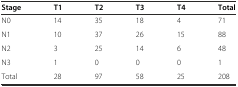
<table><thead><tr><td><b>Stage</b></td><td><b>T1</b></td><td><b>T2</b></td><td><b>T3</b></td><td><b>T4</b></td><td><b>Total</b></td></tr></thead><tbody><tr><td>N0</td><td>14</td><td>35</td><td>18</td><td>4</td><td>71</td></tr><tr><td>N1</td><td>10</td><td>37</td><td>26</td><td>15</td><td>88</td></tr><tr><td>N2</td><td>3</td><td>25</td><td>14</td><td>6</td><td>48</td></tr><tr><td>N3</td><td>1</td><td>0</td><td>0</td><td>0</td><td>1</td></tr><tr><td>Total</td><td>28</td><td>97</td><td>58</td><td>25</td><td>208</td></tr></tbody></table>